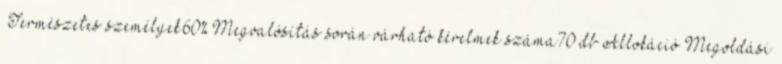
▪Természetes személyek60%▪Megvalósítás során várható kérelmek száma70 db Allokáció Megoldási